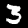
Label: 3